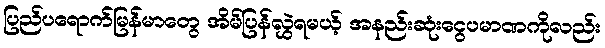
ပြည်ပရောက်မြန်မာတွေ အိမ်ပြန်လွှဲရမယ့် အနည်းဆုံးငွေပမာဏကိုလည်း